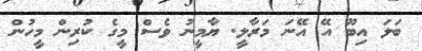
ބަލަ އިބޫ އޭ އޭނަ މަރާލީ. ޔާމީނު ވެސް މީގެ ކުރިން މީހުން